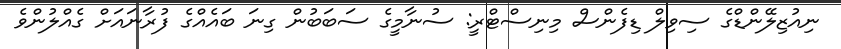
ނިއުޒިލޭންޑްގެ ސިވިލް ޑިފެންސް މިނިސްޓްރީ: ސުނާމީގެ ސަބަބުން ގިނަ ބައެއްގެ ފުރާނައަށް ގެއްލުންވެ